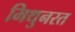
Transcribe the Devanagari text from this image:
मिथुनरत